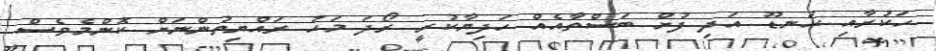
ހަކުރާއި ހަނޑޫ އަދި ފުށް ބަސްތާއެއް ހަދިޔާކުރީ ރޯދަ މަހު ރައްޔިތުންނަށް ކޮންމެވެސް